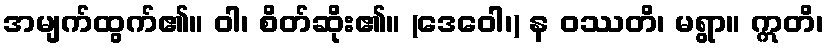
အမျက်ထွက်၏။ ဝါ၊ စိတ်ဆိုး၏။ (ဒေဝေါ၊) န ဝဿတိ၊ မရွာ။ ဣတိ၊